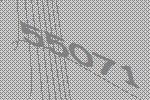
55071